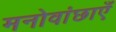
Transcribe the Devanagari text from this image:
मनोवांछाएँ